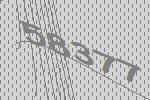
58377